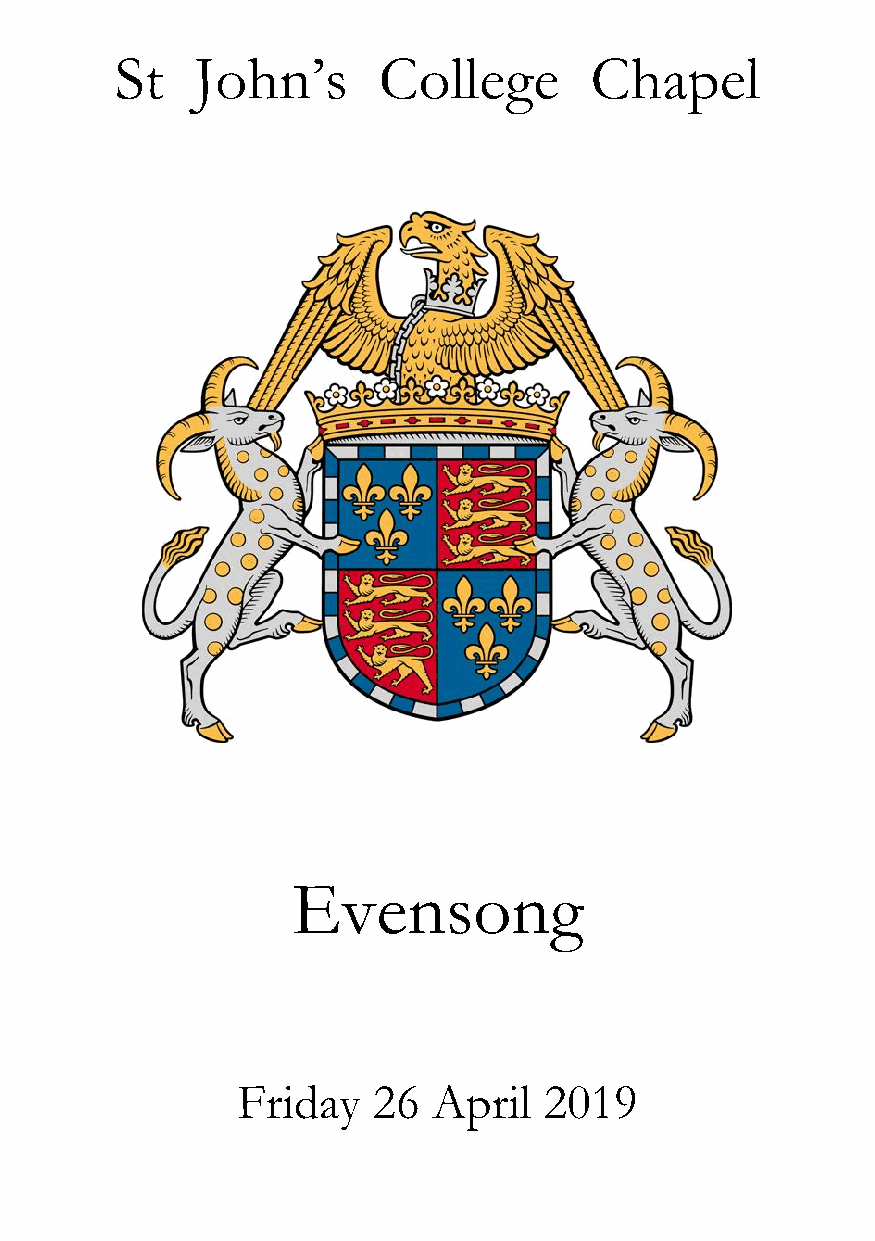
St   John’s      College       Chapel
 Evensong
 Friday   26  April  2019